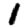
Digit: 1